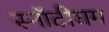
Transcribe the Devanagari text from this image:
स्नॉटीघम